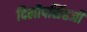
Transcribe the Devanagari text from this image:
दिलीपसिंहजी